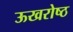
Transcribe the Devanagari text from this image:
ऊखरोष्ठ